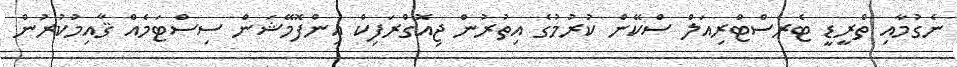
ނެގުމާއި ތްރީޑީ ޓެރެސްޓްރިއަލް ސްކޭން ކުރުމުގެ އިތުރުން ޖިއޮގްރަފިކް އިންފޮމޭޝަން ސިސްޓަމެއް ޤާއިމުކުރުން